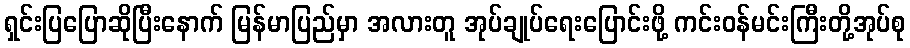
ရှင်းပြပြောဆိုပြီးနောက် မြန်မာပြည်မှာ အလားတူ အုပ်ချုပ်ရေးပြောင်းဖို့ ကင်းဝန်မင်းကြီးတို့အုပ်စု